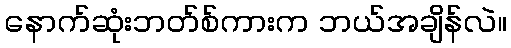
နောက်ဆုံးဘတ်စ်ကားက ဘယ်အချိန်လဲ။